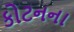
કોટનના